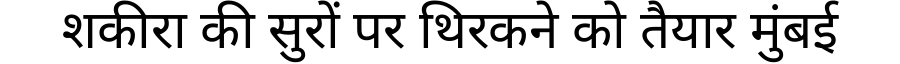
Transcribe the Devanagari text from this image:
शकीरा की सुरों पर थिरकने को तैयार मुंबई